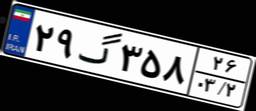
۲۹گ۳۵۸۲۶